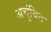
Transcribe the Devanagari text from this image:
अचुंबित